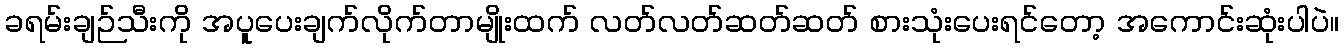
ခရမ်းချဉ်သီးကို အပူပေးချက်လိုက်တာမျိုးထက် လတ်လတ်ဆတ်ဆတ် စားသုံးပေးရင်တော့ အကောင်းဆုံးပါပဲ။